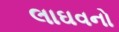
લાઘવનો